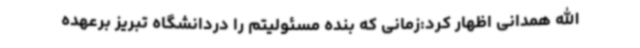
الله همدانی اظهار کرد:زمانی که بنده مسئولیتم را دردانشگاه تبریز برعهده